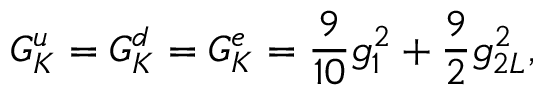
G _ { K } ^ { u } = G _ { K } ^ { d } = G _ { K } ^ { e } = { \frac { 9 } { 1 0 } } g _ { 1 } ^ { 2 } + { \frac { 9 } { 2 } } g _ { 2 L } ^ { 2 } ,